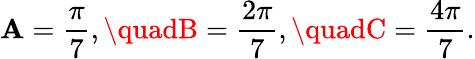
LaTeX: \mathbf{A}={\frac{{\pi}}{{7}}},\quadB={\frac{{2\pi}}{{7}}},\quadC={\frac{{4\pi}}{{7}}}.